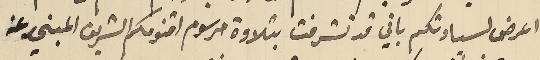
اعرض لسيادتكم باني قد تشرفت بتلاوة مرسوم اقنومكم الشريف المبني عن